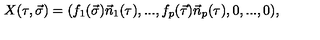
X ( \tau , \vec { \sigma } ) = ( f _ { 1 } ( \vec { \sigma } ) \vec { n } _ { 1 } ( \tau ) , . . . , f _ { p } ( \vec { \tau } ) \vec { n } _ { p } ( \tau ) , 0 , . . . , 0 ) ,